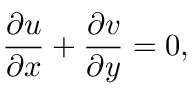
\frac { \partial u } { \partial x } + \frac { \partial v } { \partial y } = 0 ,